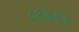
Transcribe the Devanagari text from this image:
८९७९३